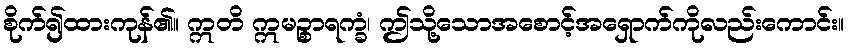
စိုက်၍ထားကုန်၏။ ဣတိ ဣမဉ္စာရက္ခံ၊ ဤသို့သောအစောင့်အရှောက်ကိုလည်းကောင်း။